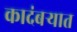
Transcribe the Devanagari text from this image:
कादंबऱ्यात